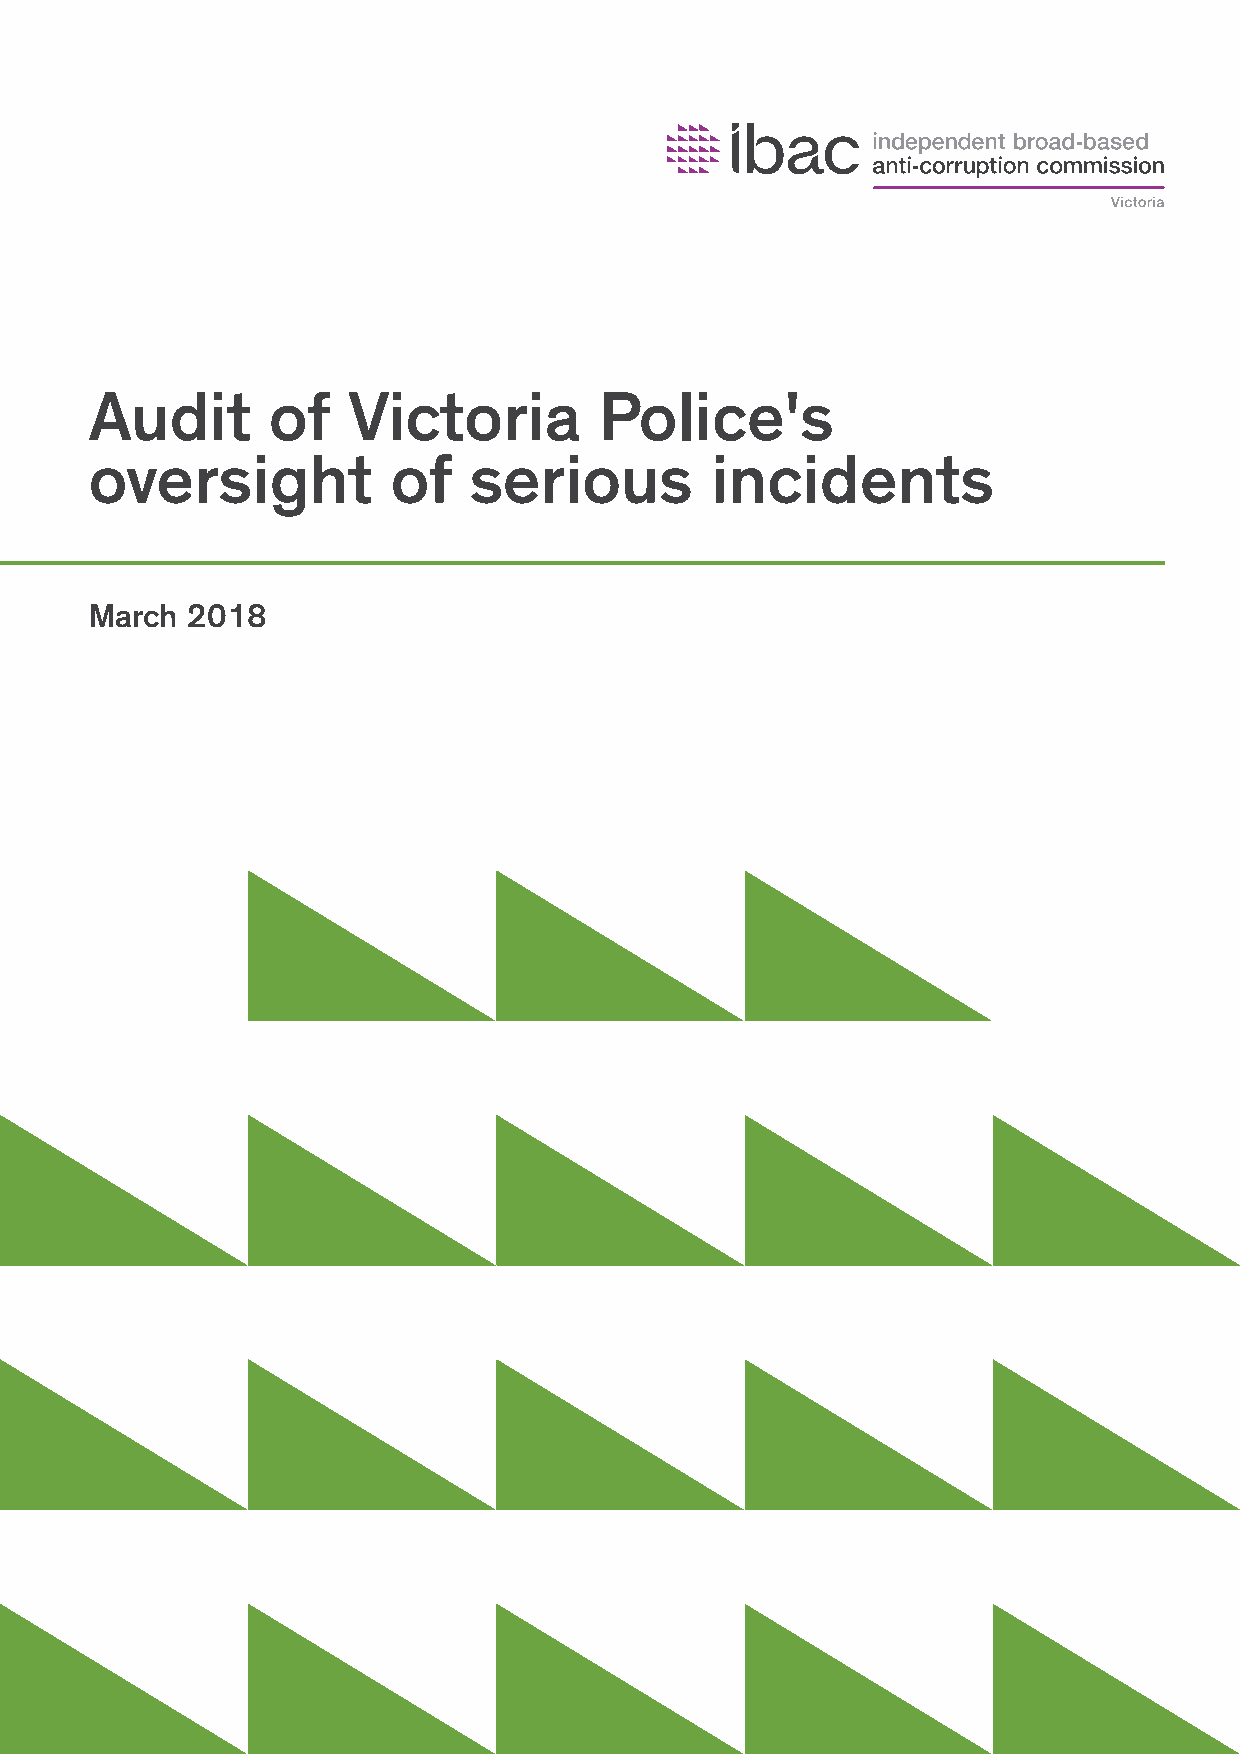
Audit       of   Victoria         Police's
 oversight           of   serious         incidents
 March 2018